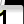
Digit: 1